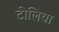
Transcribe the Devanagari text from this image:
टीलिया